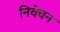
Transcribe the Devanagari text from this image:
निवेचन